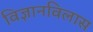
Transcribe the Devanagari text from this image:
विज्ञानविलास